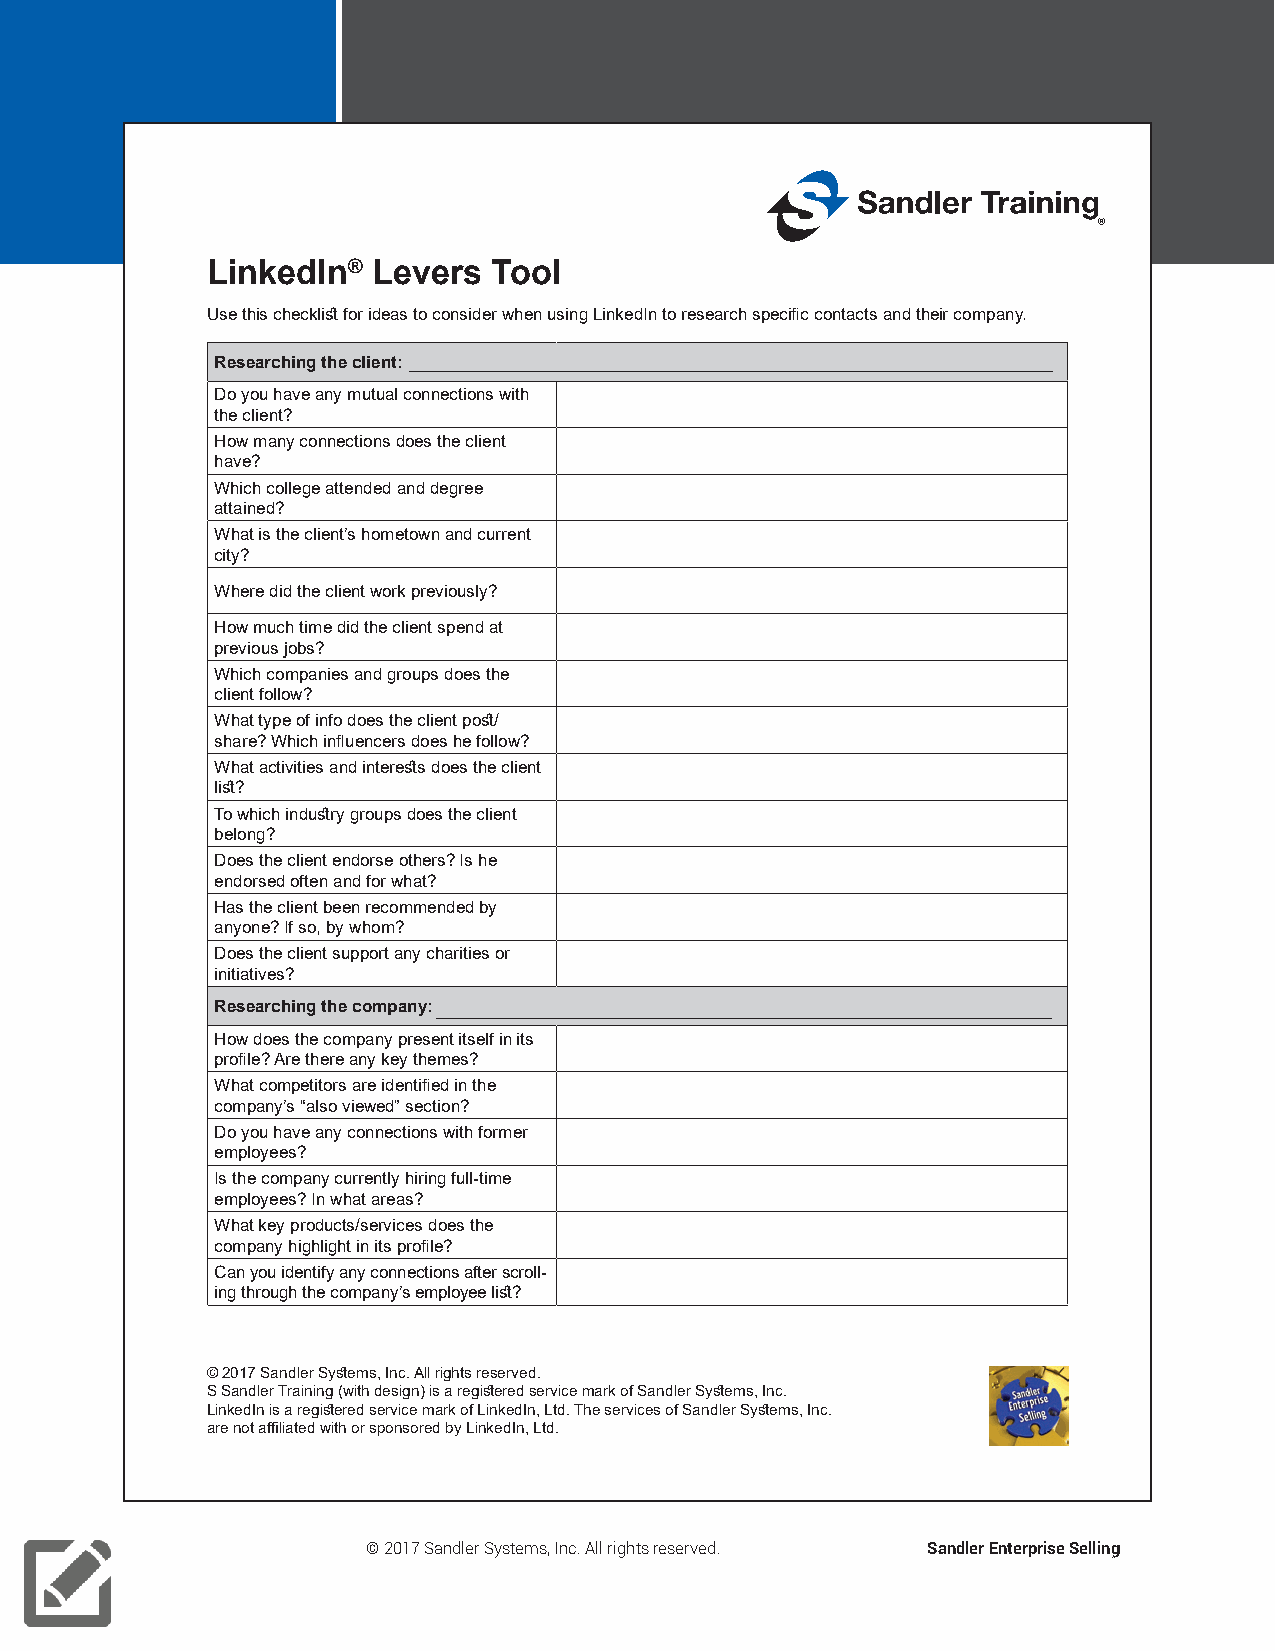
LinkedIn®  Levers  Tool
 Use this checklist for ideas to consider when using LinkedIn to research specific contacts and their company.
 Researching the client:
 Do you have any mutual connections with
 the client?
 How many connections does the client
 have?
 Which college attended and degree
 attained?
 What is the client’s hometown and current
 city?
 Where did the client work previously?
 How much time did the client spend at
 previous jobs?
 Which companies and groups does the
 client follow?
 What type of info does the client post/
 share? Which influencers does he follow?
 What activities and interests does the client
 list?
 To which industry groups does the client
 belong?
 Does the client endorse others? Is he
 endorsed often and for what?
 Has the client been recommended by
 anyone? If so, by whom?
 Does the client support any charities or
 initiatives?
 Researching the company:
 How does the company present itself in its
 profile? Are there any key themes?
 What competitors are identified in the
 company’s “also viewed” section?
 Do you have any connections with former
 employees?
 Is the company currently hiring full-time
 employees? In what areas?
 What key products/services does the
 company highlight in its profile?
 Can you identify any connections after scroll-
 ing through the company’s employee list?
 © 2017 Sandler Systems, Inc. All rights reserved.
 S Sandler Training (with design) is a registered service mark of Sandler Systems, Inc.
 LinkedIn is a registered service mark of LinkedIn, Ltd. The services of Sandler Systems, Inc.
 are not affiliated with or sponsored by LinkedIn, Ltd.
 © 2017 Sandler Systems, Inc. All rights reserved. Sandler Enterprise Selling